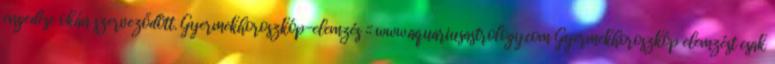
engedése okán szerveződött. Gyermekhoroszkóp-elemzés :: www.aquariusastrology.com Gyermekhoroszkóp elemzést csak